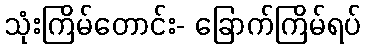
သုံးကြိမ်တောင်း- ခြောက်ကြိမ်ရပ်